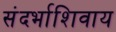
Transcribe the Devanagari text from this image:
संदर्भाशिवाय